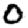
Digit: 0